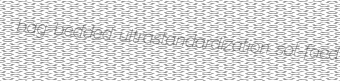
bag-bedded ultrastandardization sol-faed